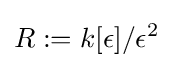
R:=k[\epsilon ]/\epsilon ^{2}